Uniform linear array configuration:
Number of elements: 12
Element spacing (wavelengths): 0.5
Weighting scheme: exponential
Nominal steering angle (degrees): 60
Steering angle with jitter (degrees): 58.878
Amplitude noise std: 0.05
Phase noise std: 0.05

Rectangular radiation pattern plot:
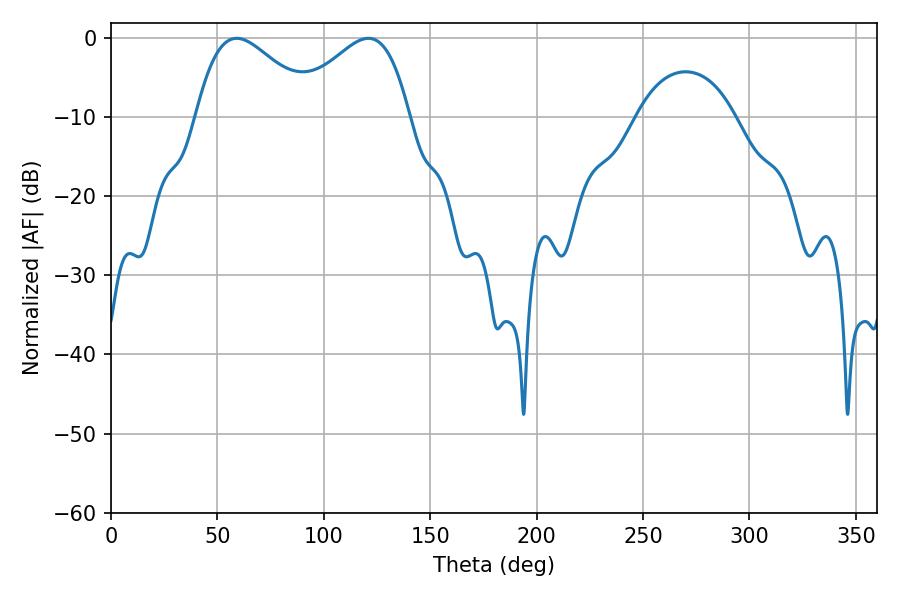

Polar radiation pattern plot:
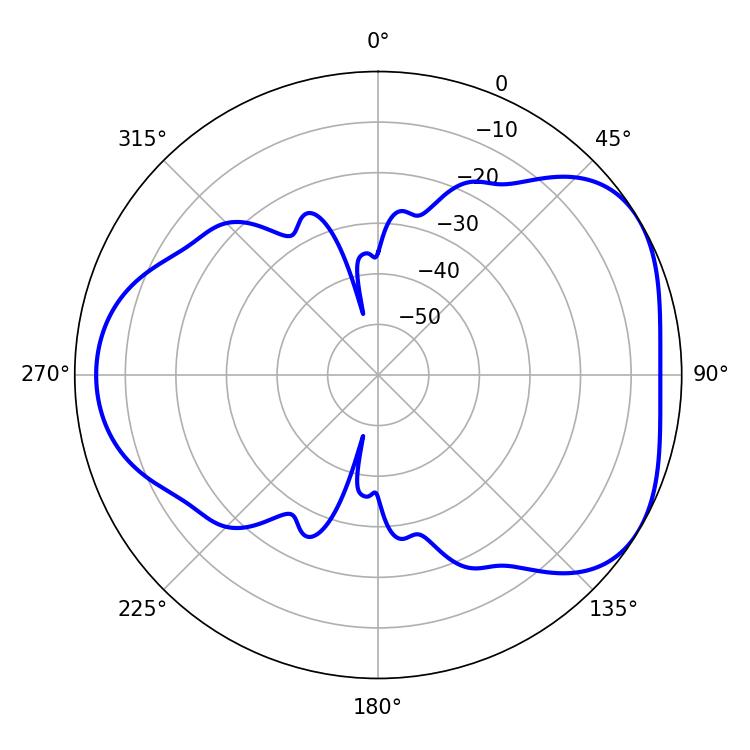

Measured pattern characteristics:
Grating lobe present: FALSE
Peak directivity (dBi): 4.41
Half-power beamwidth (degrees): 29.88
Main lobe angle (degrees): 59.04